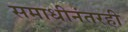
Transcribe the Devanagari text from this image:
समाधीनंतरही